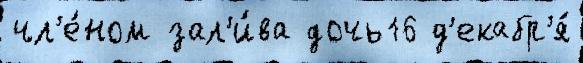
чл'е́ном зал'и́ва дочь16 д'екабр'я́